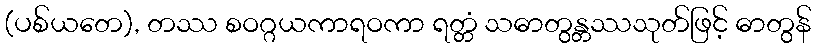
(ပစ်ယတေ), တဿ စဝဂ္ဂယကာရဝကာ ရတ္တံ သဓာတွန္တဿသုတ်ဖြင့် ဓာတွန်